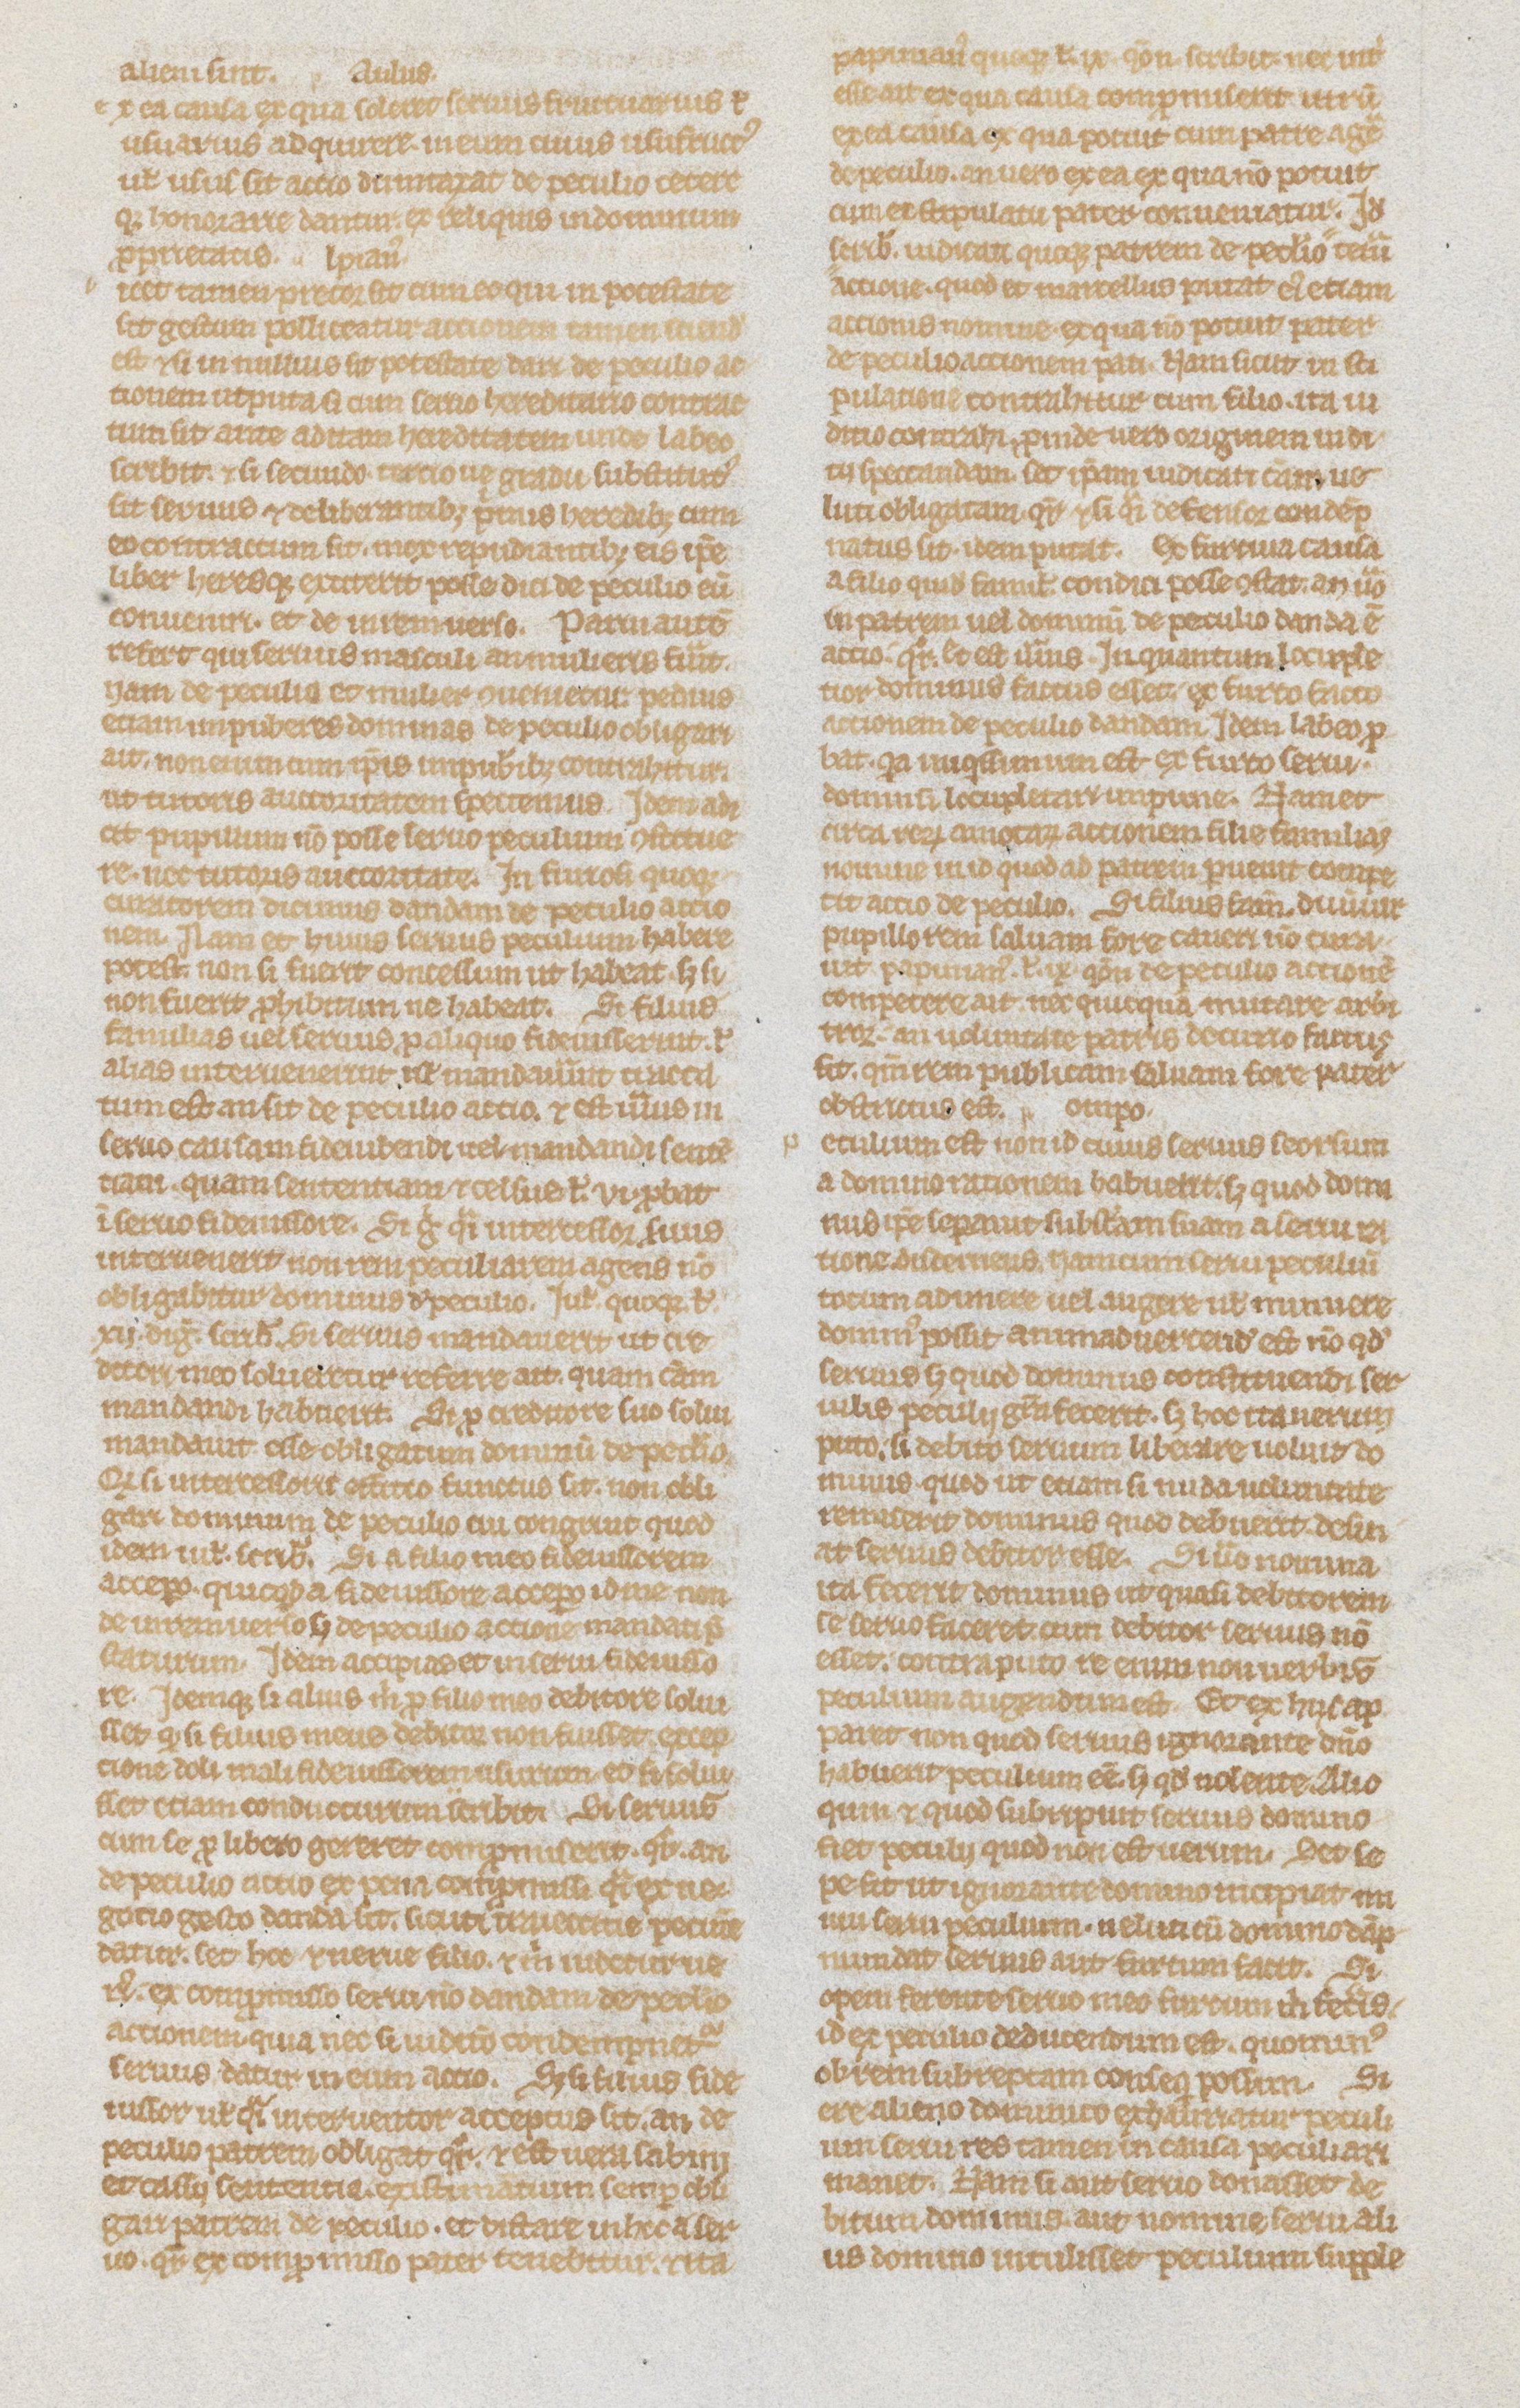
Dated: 1235–1265